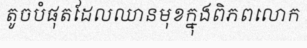
តូចបំផុតដែលឈានមុខក្នុងពិភពលោក